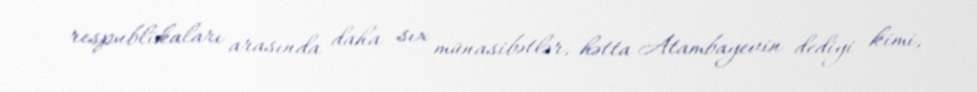
respublikaları arasında daha sıx münasibətlər, hətta Atambayevin dediyi kimi,